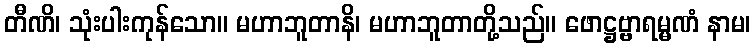
တီဏိ၊ သုံးပါးကုန်သော။ မဟာဘူတာနိ၊ မဟာဘူတာတို့သည်။ ဖောဋ္ဌဗ္ဗာရမ္မဏံ နာမ၊